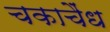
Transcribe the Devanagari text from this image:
चकाचैंध